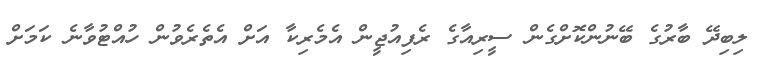
ލިބިދޭ ބާރުގެ ބޭނުންކޮށްގެން ސީރިއާގެ ރެފިއުޖީން އެމެރިކާ އަށް އެތެރެވުން ހުއްޓުވާނެ ކަމަށް